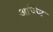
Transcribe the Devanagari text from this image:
अज्जि